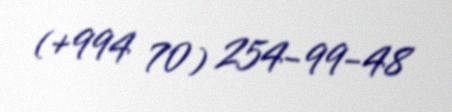
(+994 70) 254-99-48